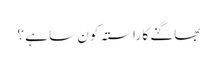
بھاگنے کا راستہ کون سا ہے ؟